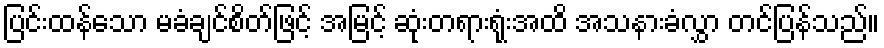
ပြင်းထန်သော မခံချင်စိတ်ဖြင့် အမြင့် ဆုံးတရားရုံးအထိ အသနားခံလွှာ တင်ပြန်သည်။